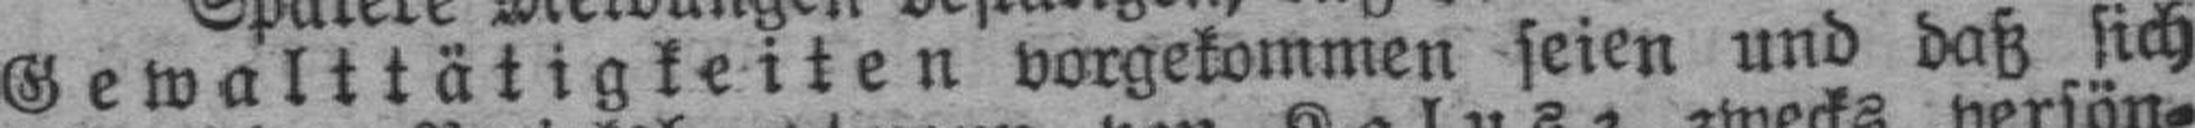
Gewalttätigkeiten vorgekommen seien und daß sich